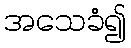
အသေခံ၍